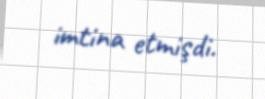
imtina etmişdi.